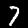
Label: 7